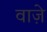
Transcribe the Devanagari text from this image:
वाजे़